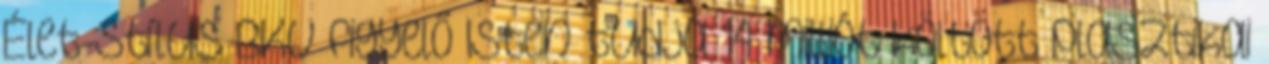
Élet-Stílus BKV figyelő Isten tudja 14 milliót költött plasztikai